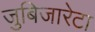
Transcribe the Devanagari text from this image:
जुबिजारेटा